画像に写った文字を読んでください
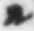
「ル」と書いてあります